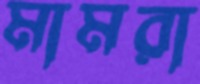
মামরা